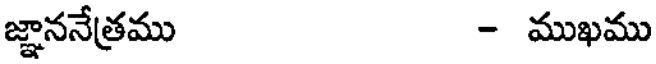
జ్ఞాననేత్రము - ముఖము